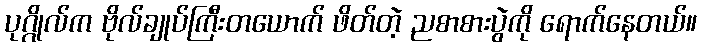
ပုဂ္ဂိုလ်က ဗိုလ်ချုပ်ကြီးတယောက် ဖိတ်တဲ့ ညစာစားပွဲကို ရောက်နေတယ်။